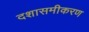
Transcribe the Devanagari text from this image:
दशासमीकरण